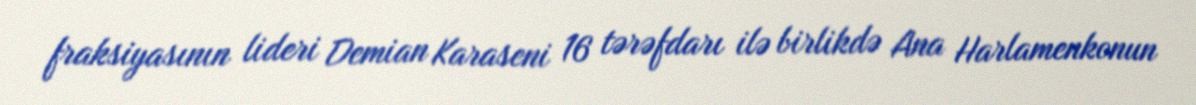
fraksiyasının lideri Demian Karaseni 16 tərəfdarı ilə birlikdə Ana Harlamenkonun